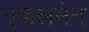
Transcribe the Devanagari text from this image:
एडलमेन